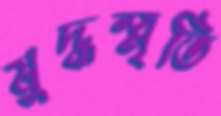
যুদ্ধস্মৃতি